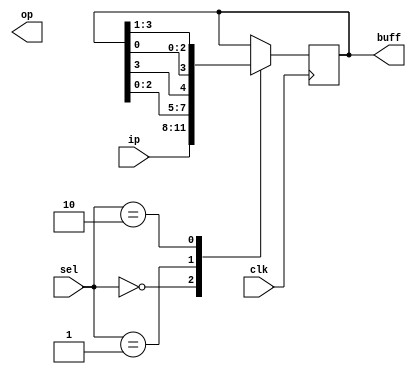
module ringC(
		input [3:0]ip,
		input clk,
		input [1:0]sel,

		output reg [3:0]buff,
		output reg [3:0]op		);


always @(posedge clk)
begin
	case(sel)
	
	2'b00:	begin
		buff[3:0] = ip[3:0];		
		end	

	// Left Shift Operation
	2'b01:	begin
		buff[3:0] = { buff[2:0], buff[3] };
		end

	// Right Shift Operation
	2'b10:	begin 
		buff[3:0] = { buff[0],	buff[3:1]};
		end

	endcase
end

endmodule